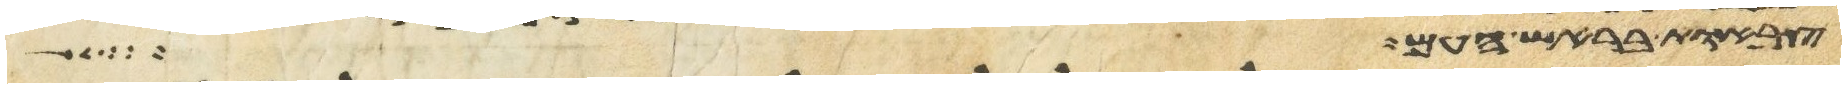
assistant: צבאות בראש העם